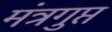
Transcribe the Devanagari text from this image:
मंत्रगुप्त